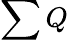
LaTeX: \sum{Q}